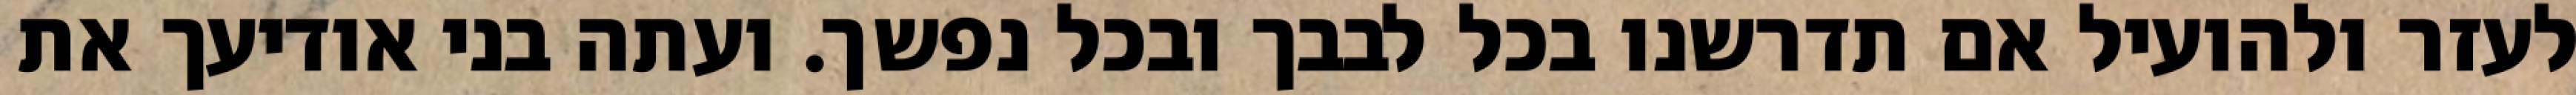
לעזר ולהועיל אם תדרשנו בכל לבבך ובכל נפשך. ועתה בני אודיעך את